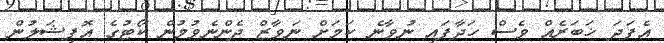
އެފަދަ ޚަބަރެއް ވެސް ހަދާފައި ނުވާނެ ކަމަށް ނަވާޒް ދެންނެވުމުން ކޯޓުގެ އޮފިޝަލުން